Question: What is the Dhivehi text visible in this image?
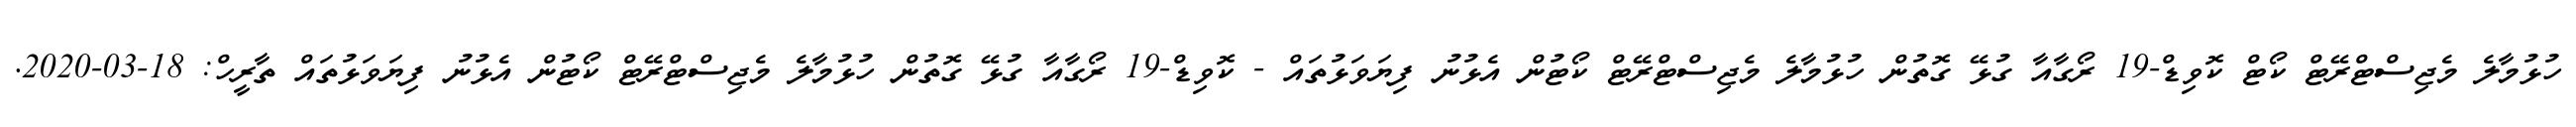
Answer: ހުޅުމާލެ މެޖިސްޓްރޭޓް ކޯޓް ކޮވިޑް-19 ރޯގާއާ ގުޅޭ ގޮތުން ހުޅުމާލެ މެޖިސްޓްރޭޓް ކޯޓުން އެޅުނު ފިޔަވަޅުތައް - ކޮވިޑް-19 ރޯގާއާ ގުޅޭ ގޮތުން ހުޅުމާލެ މެޖިސްޓްރޭޓް ކޯޓުން އެޅުނު ފިޔަވަޅުތައް ތާރީހް: 18-03-2020.